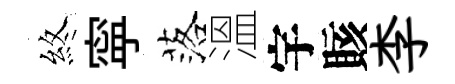
煞寜落溫宇賅李